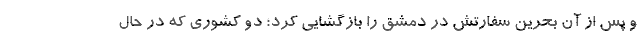
و پس از آن بحرین سفارتش در دمشق را بازگشایی کرد؛ دو کشوری که در حال